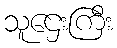
သူဌေးကြီး